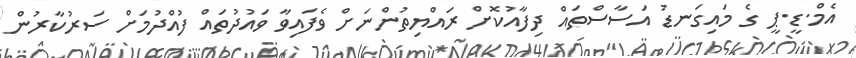
އެމް.ޑީ.ޕީ ގެ މައިގަނޑު އަސާސްތައް ދިފާއުކޮށް ރައްޔިތުންނަށް ވެފައިވާ ވައުދުތައް ފުއްދުމަށް ސަރުކާރުން